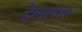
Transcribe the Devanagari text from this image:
हेल्लास